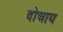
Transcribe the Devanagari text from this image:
दोचाय